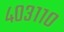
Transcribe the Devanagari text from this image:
४०३११०